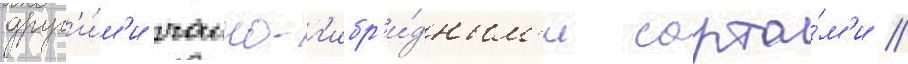
друг'и́м'и чаино-г'ибр'и́дным'и сорта́м'и /